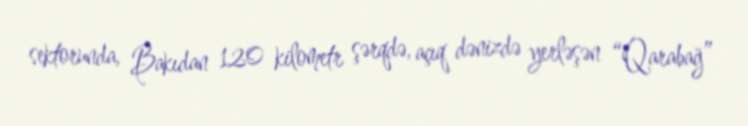
sektorunda, Bakıdan 120 kilometr şərqdə, açıq dənizdə yerləşən “Qarabağ”